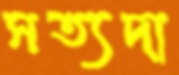
সত্যদা